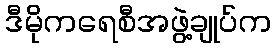
ဒီမိုကရေစီအဖွဲ့ချုပ်က